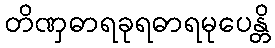
တိဏှဓာရခုရဓာရမုပေန္တိ